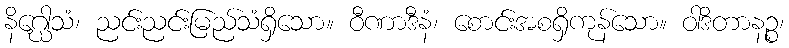
နိဂ္ဃေါသံ၊ ညင်းညင်းမြည်သံရှိသော။ ဝီဏာဒီနံ၊ စောင်းအစရှိကုန်သော။ ဝါဒိတာနဉ္စ၊